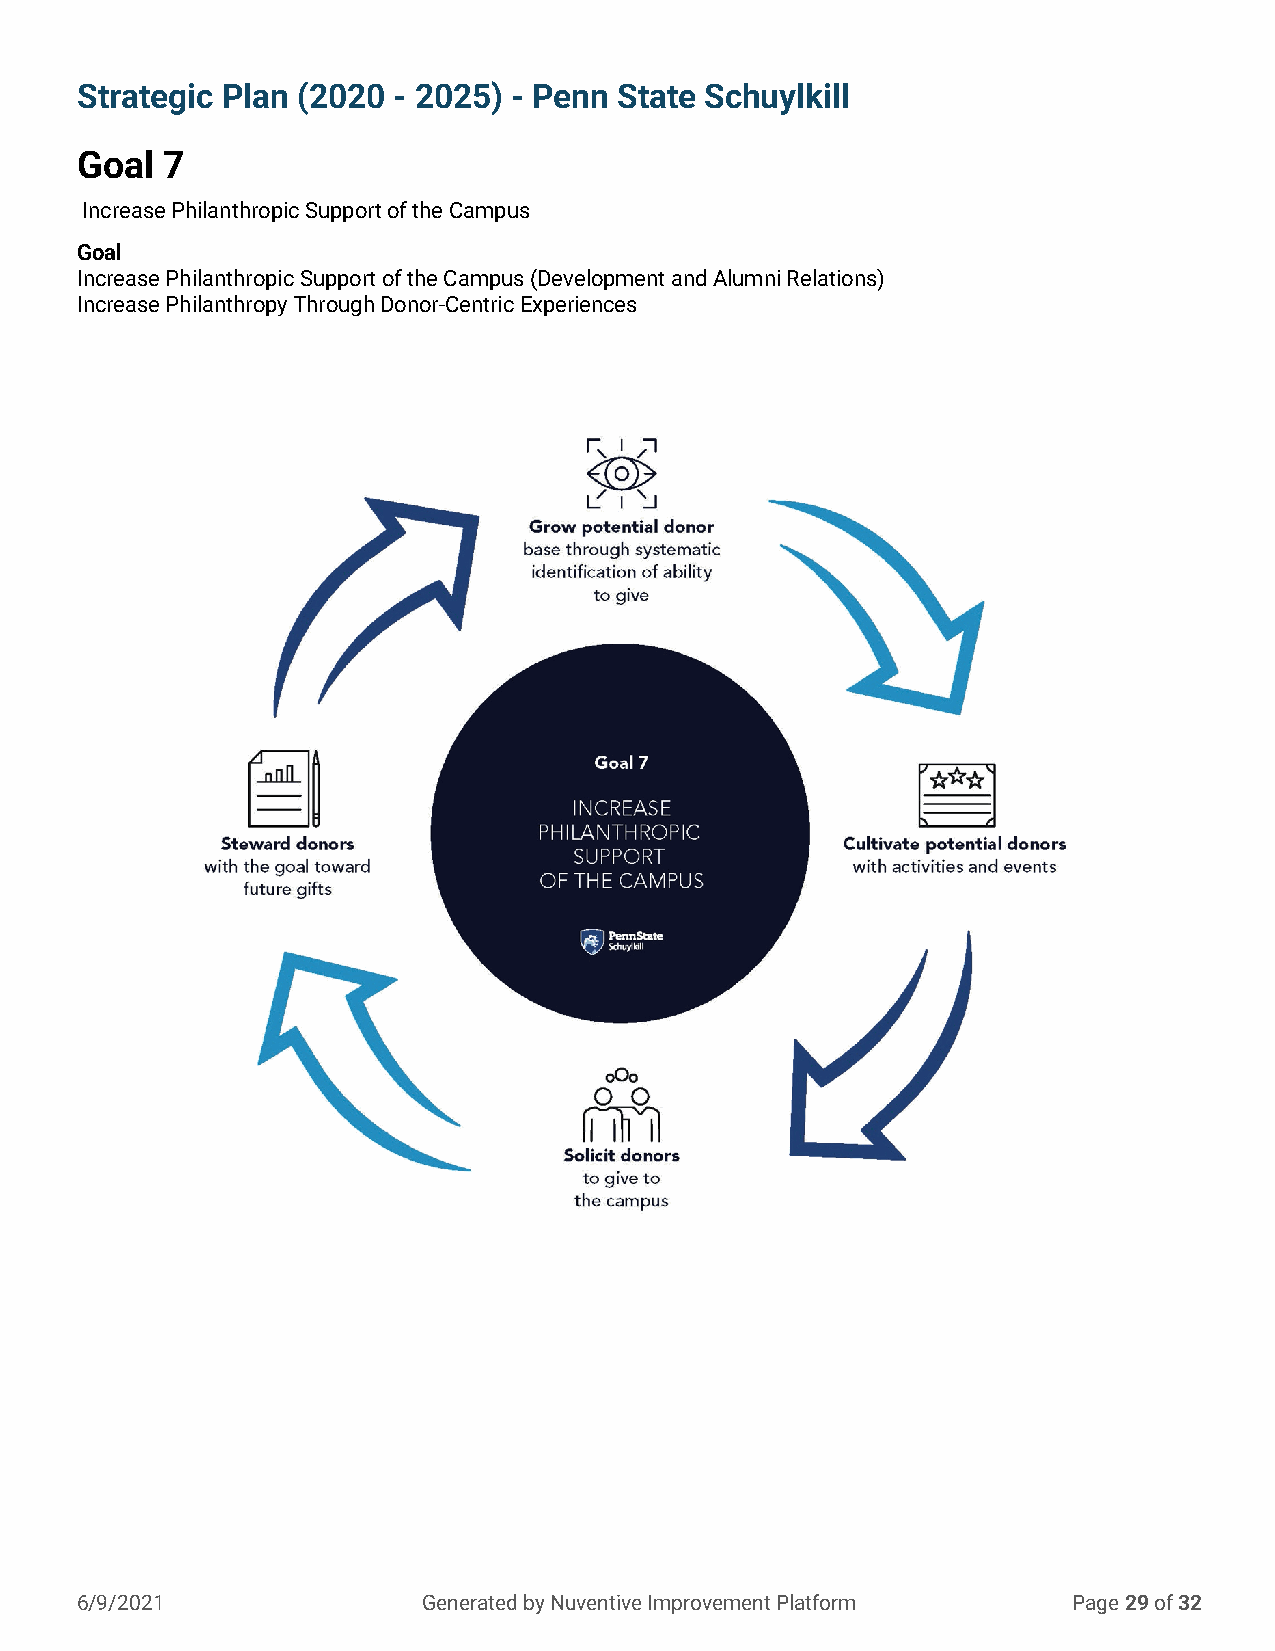
Strategic Plan (2020 - 2025) - Penn State Schuylkill
 Goal  7
 Increase Philanthropic Support of the Campus
 Goal
 Increase Philanthropic Support of the Campus (Development and Alumni Relations)
 Increase Philanthropy Through Donor-Centric Experiences
 6/9/2021               Generated by Nuventive Improvement Platform Page 29 of 32